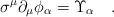
LaTeX: \begin{align*}\sigma^\mu \partial_\mu \phi_\alpha = \Upsilon_\alpha\quad.\end{align*}